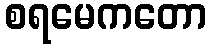
စရမေကတော